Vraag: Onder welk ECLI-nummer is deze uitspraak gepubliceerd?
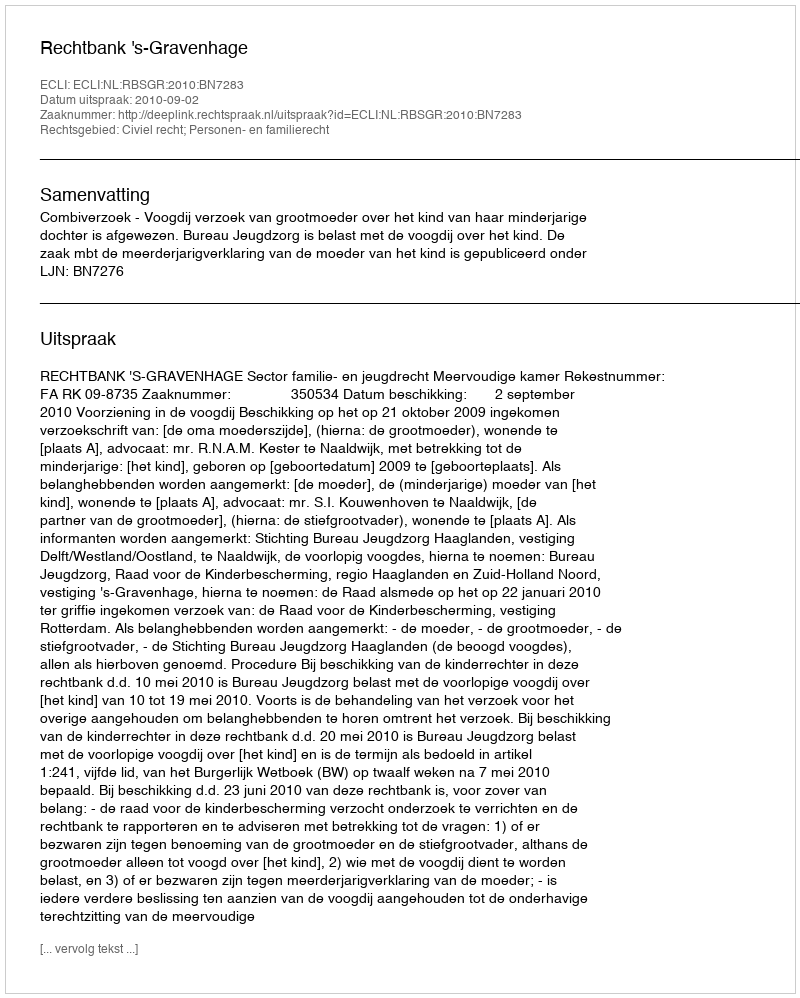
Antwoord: ECLI:NL:RBSGR:2010:BN7283